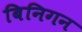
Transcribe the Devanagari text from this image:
बिनिगन